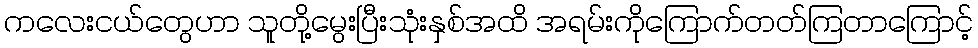
ကလေးငယ်တွေဟာ သူတို့မွေးပြီးသုံးနှစ်အထိ အရမ်းကိုကြောက်တတ်ကြတာကြောင့်